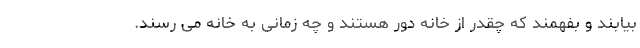
بیابند و بفهمند که چقدر از خانه دور هستند و چه زمانی به خانه می رسند.